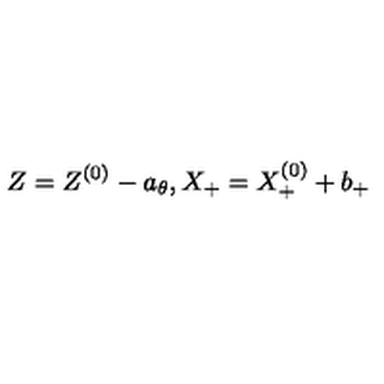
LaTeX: Z = Z ^ { ( 0 ) } - a _ { \theta } , X _ { + } = X _ { + } ^ { ( 0 ) } + b _ { + }